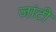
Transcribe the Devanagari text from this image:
जांटी